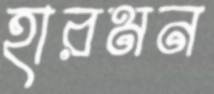
হারমন